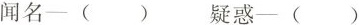
闻名-()疑惑-()